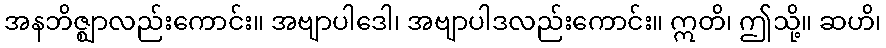
အနဘိဇ္ဈာလည်းကောင်း။ အဗျာပါဒေါ၊ အဗျာပါဒလည်းကောင်း။ ဣတိ၊ ဤသို့။ ဆဟိ၊